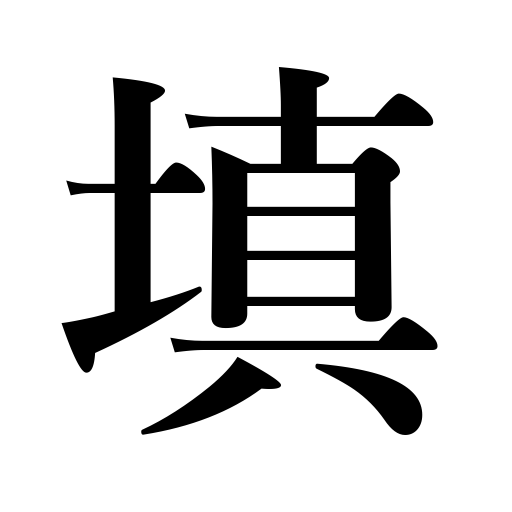
Meanings: plunge into,fit into,go into,fall into,be deceived